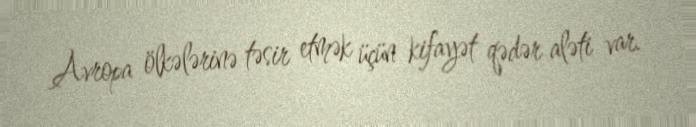
Avropa ölkələrinə təsir etmək üçün kifayət qədər aləti var.